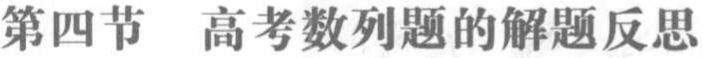
第四节 高考数列题的解题反思